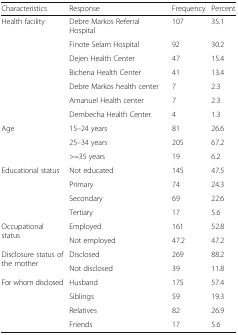
| Characteristics | Response | Frequency | Percent |
 | --- | --- | --- | --- |
 | <ROWSPAN=7> Health facility | Debre Markos Referral Hospital | 107 | 35.1 |
 | Finote Selam Hospital | 92 | 30.2 |
 | Dejen Health Center | 47 | 15.4 |
 | Bichena Health Center | 41 | 13.4 |
 | Debre Markos health center | 7 | 2.3 |
 | Amanuel Health center | 7 | 2.3 |
 | Dembecha Health Center | 4 | 1.3 |
 | <ROWSPAN=3> Age | 15–24 years | 81 | 26.6 |
 | 25–34 years | 205 | 67.2 |
 | >=35 years | 19 | 6.2 |
 | <ROWSPAN=4> Educational status | Not educated | 145 | 47.5 |
 | Primary | 74 | 24.3 |
 | Secondary | 69 | 22.6 |
 | Tertiary | 17 | 5.6 |
 | <ROWSPAN=2> Occupational status | Employed | 161 | 52.8 |
 | Not employed | 47.2 | 47.2 |
 | <ROWSPAN=2> Disclosure status of the mother | Disclosed | 269 | 88.2 |
 | Not disclosed | 39 | 11.8 |
 | <ROWSPAN=4> For whom disclosed | Husband | 175 | 57.4 |
 | Siblings | 59 | 19.3 |
 | Relatives | 82 | 26.9 |
 | Friends | 17 | 5.6 |